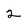
Character: 2